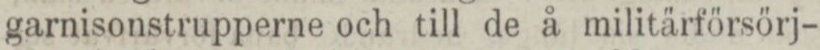
garnisonstrupperne och till de å militärförsörj-